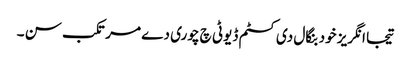
تیجا انگریز خود بنگال دی کسٹم ڈیوٹی چ چوری دے مرتکب سن ۔